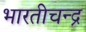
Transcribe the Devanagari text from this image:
भारतीचन्द्र